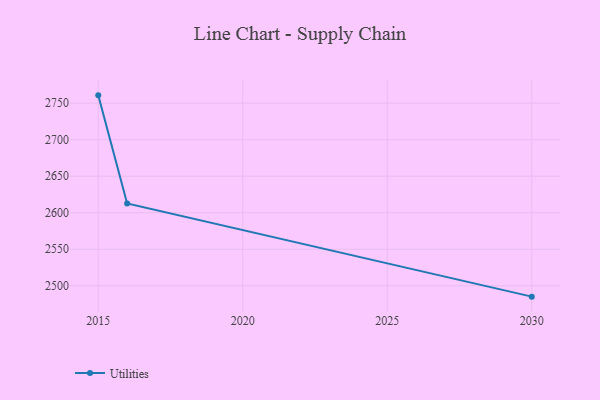
{"axis": {"x": "Year", "y": "Inventory Turnover"}, "legend": ["Utilities"], "data": [{"x": "2030", "y": 2485.1, "type": "Utilities"}, {"x": "2016", "y": 2612.6, "type": "Utilities"}, {"x": "2015", "y": 2760.7, "type": "Utilities"}]}